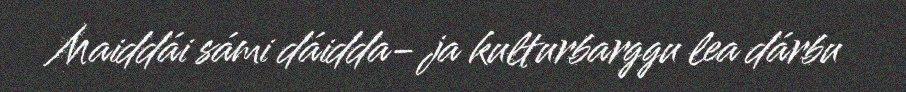
Maiddái sámi dáidda- ja kulturbarggu lea dárbu